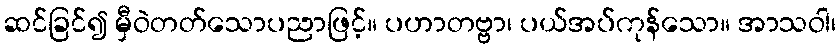
ဆင်ခြင်၍ မှီဝဲတတ်သောပညာဖြင့်။ ပဟာတဗ္ဗာ၊ ပယ်အပ်ကုန်သော။ အာသဝါ၊